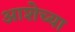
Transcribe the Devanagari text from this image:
आशेच्या